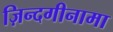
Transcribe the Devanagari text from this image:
ज़िन्दगीनामा